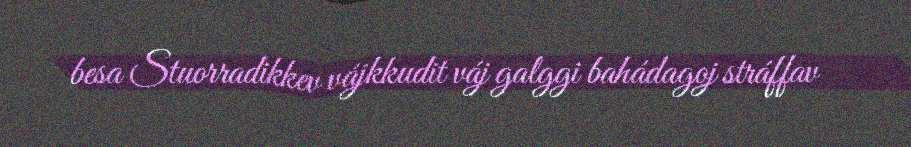
besa Stuorradikkev vájkkudit váj galggi bahádagoj stráffav